DOW-UAP-D51, Email Correspondence, Pacific Time Zone, March 2023
Agency: Department of War
Incident date: 3/23/26
Incident location: Pacific Time Zone
Page 1
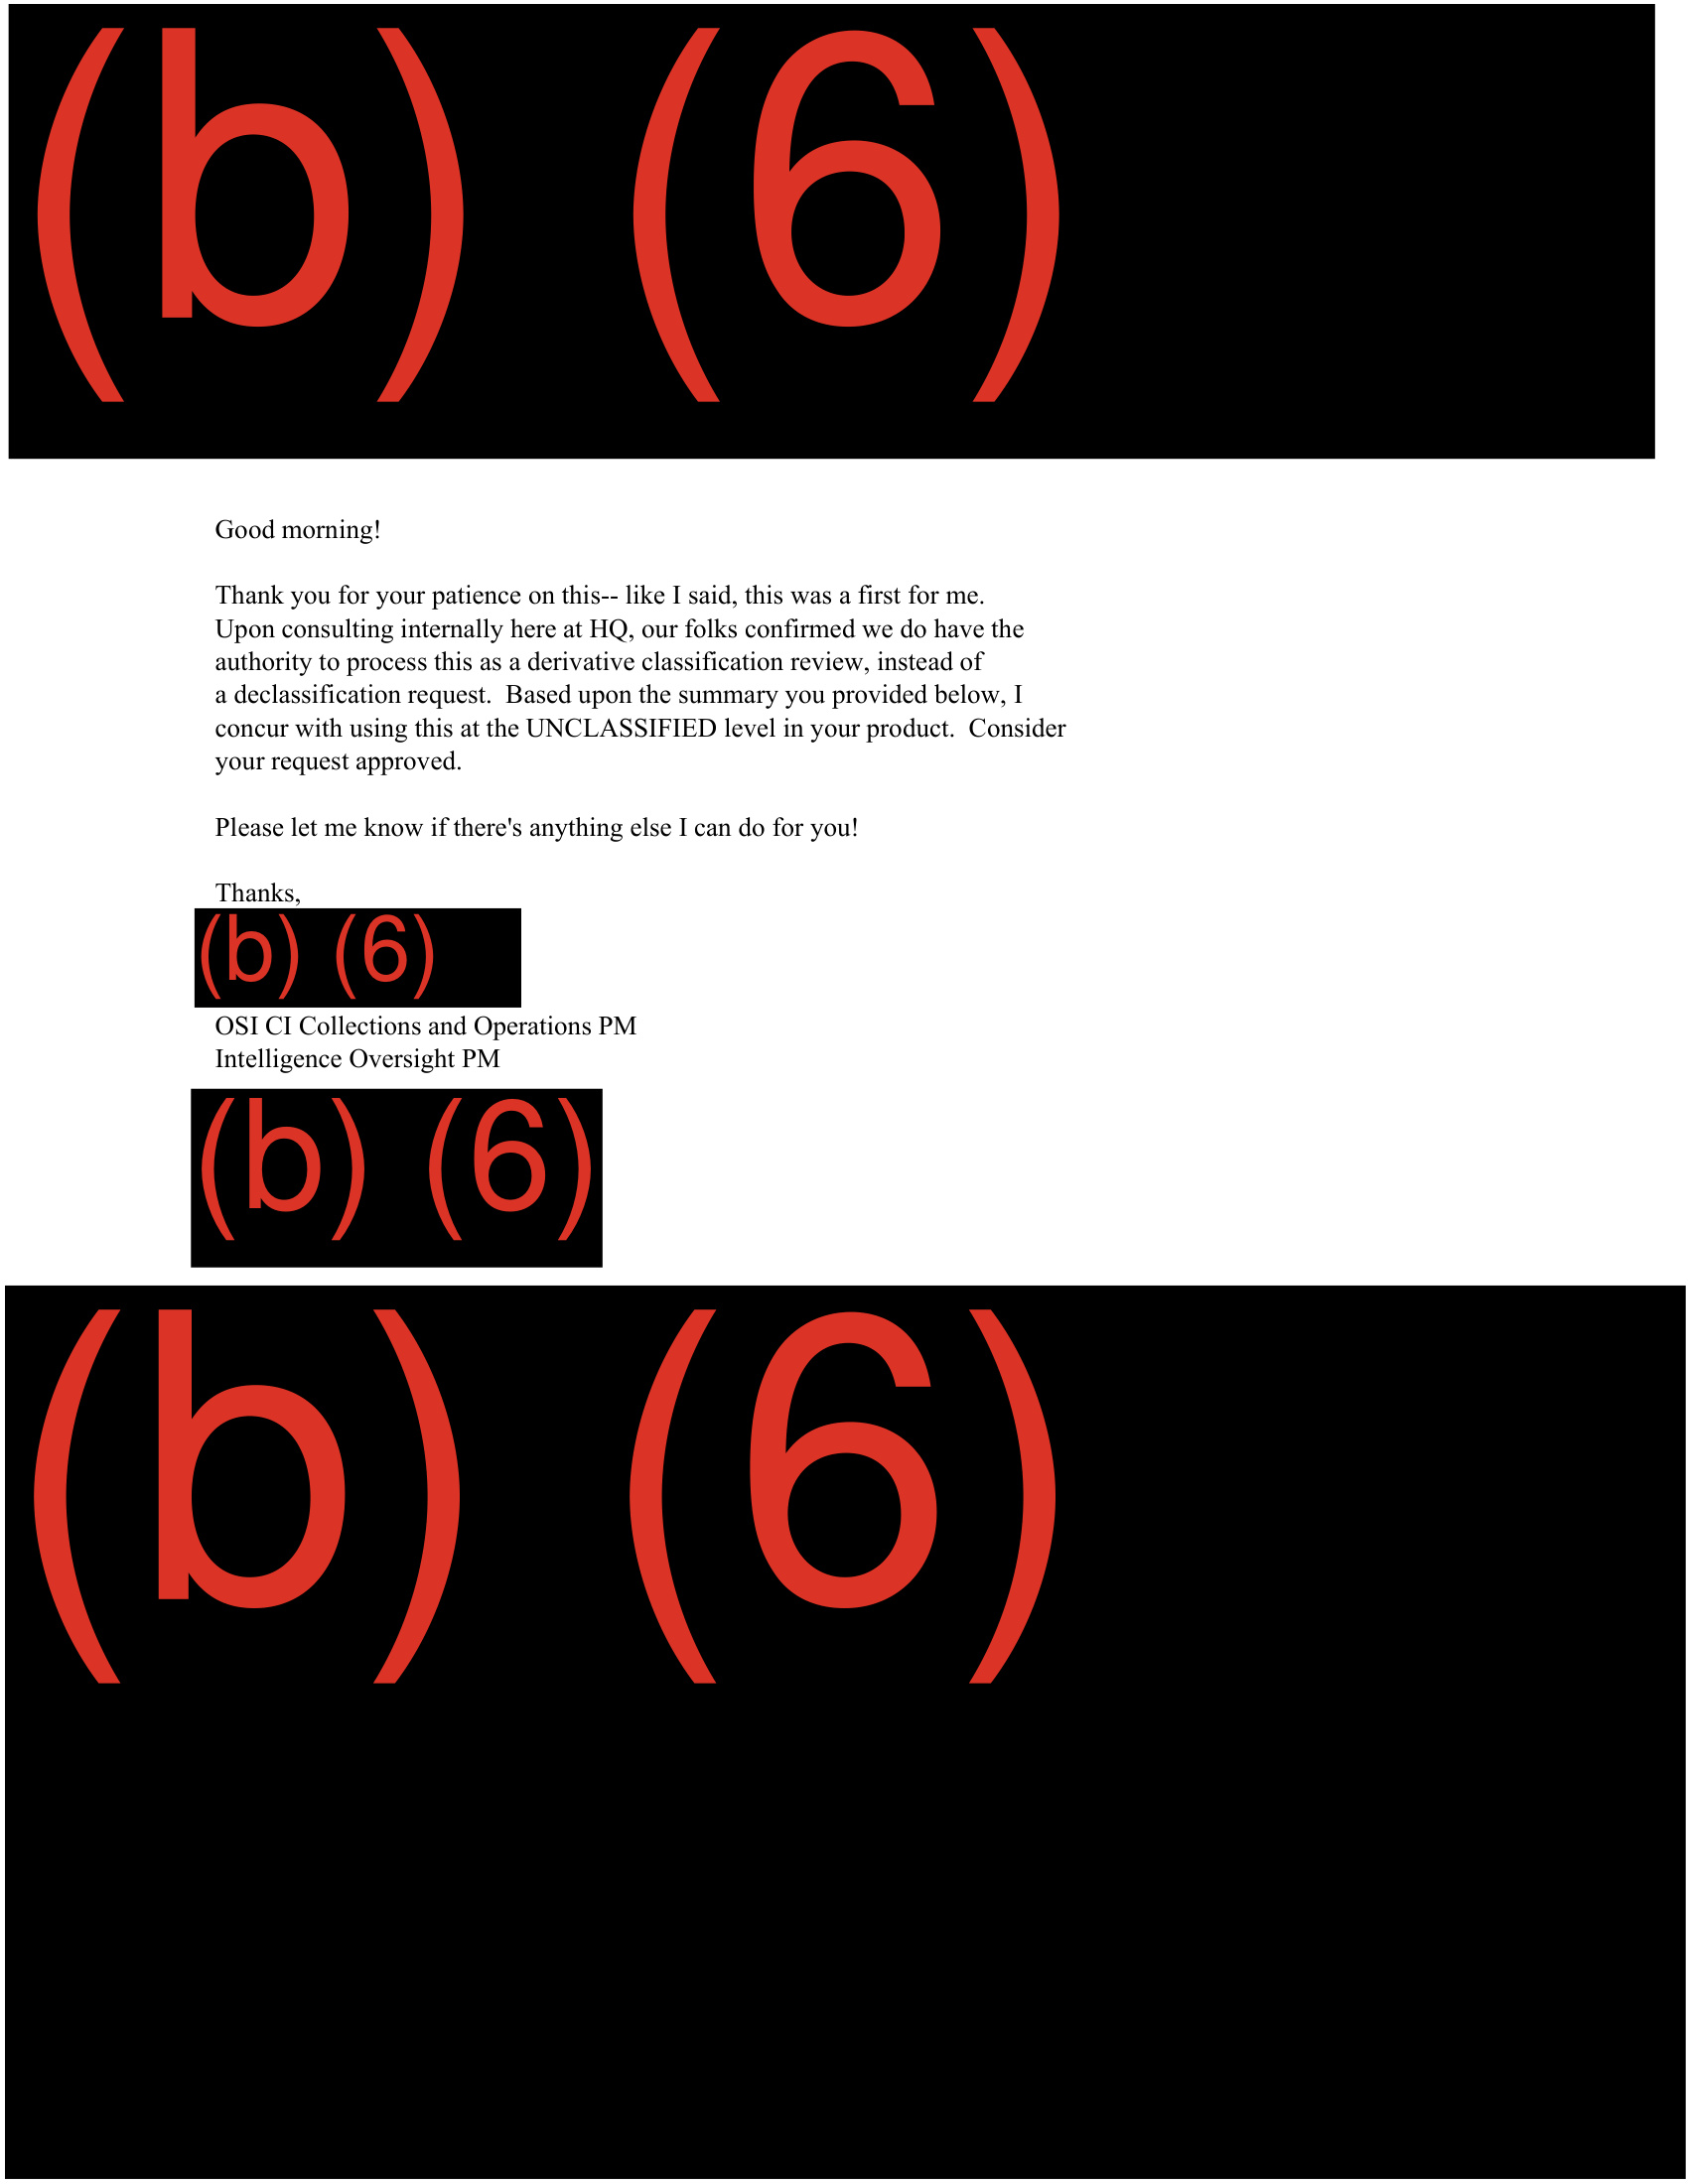